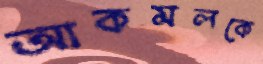
আকমলকে